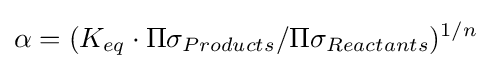
\alpha =(K_{eq}\cdot \Pi \sigma _{Products}/\Pi \sigma _{Reactants})^{1/n}